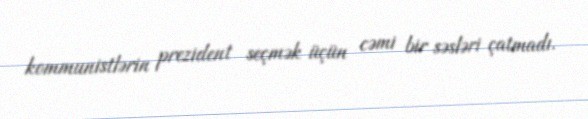
kommunistlərin prezident seçmək üçün cəmi bir səsləri çatmadı.